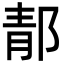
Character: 郬